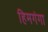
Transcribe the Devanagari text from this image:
हिमगंगा